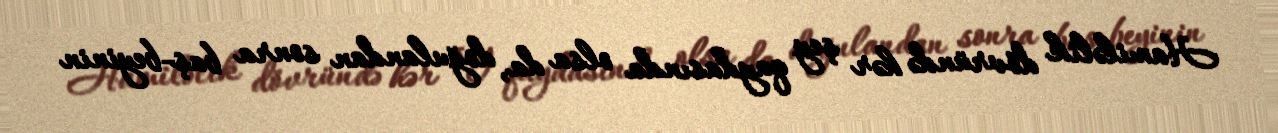
Hamiləlik dövründə hər şey qaydasında olsa da, doğulandan sonra baş-beyinin